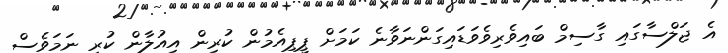
އެ ޖަލްސާގައި ގާސިމް ބައިވެރިވެވަޑައިގަންނަވާނެ ކަމަށް ޕީޕިއެމުން ކުރިން އިއުލާން ކުރި ނަމަވެސް